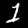
Label: 1